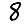
Digit: 8